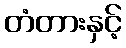
တံတားနှင့်